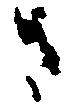
さ